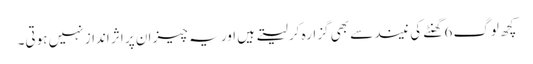
کچھ لوگ 6 گھنٹے کی نیند سے بھی گزارہ کر لیتے ہیں اور یہ چیز ان پر اثر انداز نہیں ہوتی۔